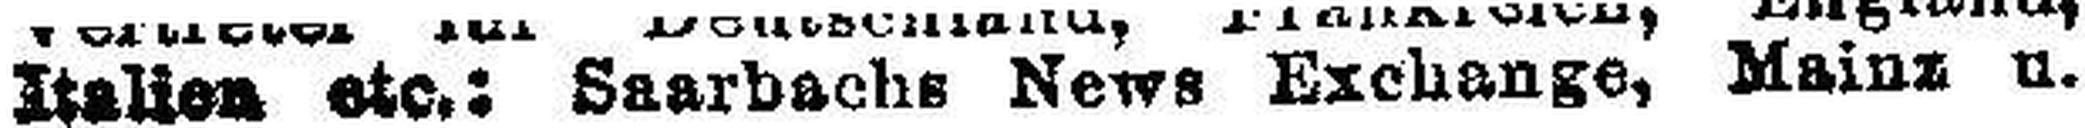
Italien etc.: Saarbachs News Exchange, Mainz u.